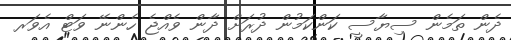
ދެން ތަމެން ސިޔާސީ ކަންކަމުން ދުރަށް ދާން ވެއްޖެ ހެންނޭ ވަޓް އެވަރ